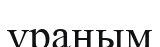
ұраным